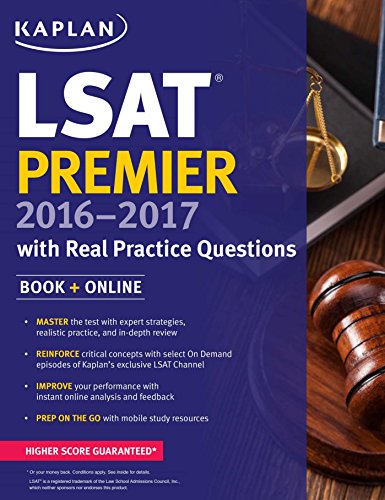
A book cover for Kaplan LSAT Premier 2016-2017 with Real Practice Questions: Book + Online (Kaplan Test Prep); Kaplan; Test Preparation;